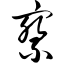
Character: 察